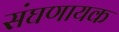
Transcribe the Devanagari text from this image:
संघणायक